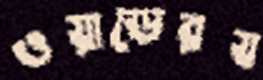
ওয়াডেরয